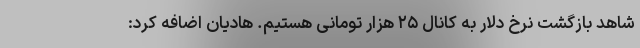
شاهد بازگشت نرخ دلار به کانال ۲۵ هزار تومانی هستیم. هادیان اضافه کرد: